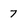
Character: 7